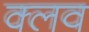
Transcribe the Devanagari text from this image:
क्‍लव